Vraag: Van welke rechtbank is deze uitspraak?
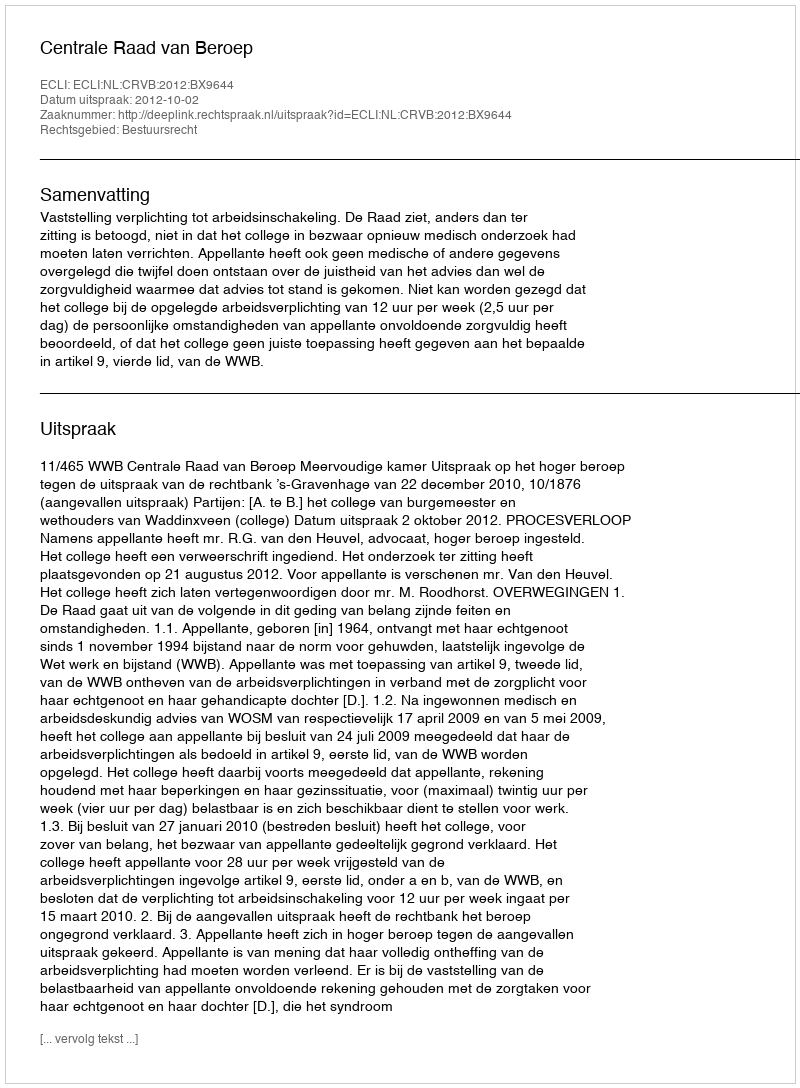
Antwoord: Centrale Raad van Beroep